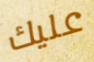
عليك